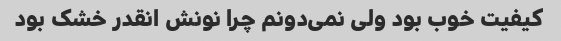
کیفیت خوب بود ولی نمی‌دونم چرا نونش انقدر خشک بود